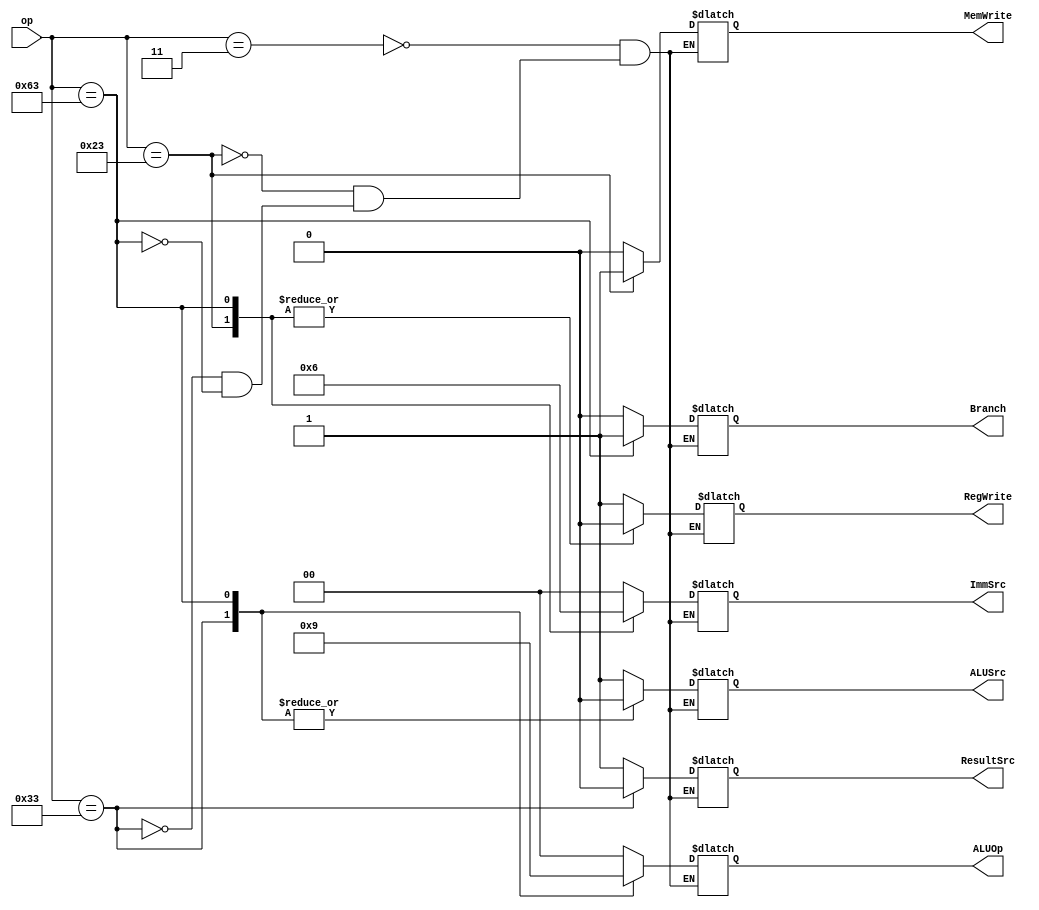
module MainDecoder(
    input [6:0] op,//opcode
    output reg RegWrite, ALUSrc, MemWrite, ResultSrc, Branch,
    output reg [1:0] ImmSrc, ALUOp
);

always @*
    case(op) 
        7'd3: //lw case
            begin
            RegWrite = 1; ImmSrc = 2'b00; ALUSrc = 1; MemWrite = 0; ResultSrc = 1; Branch = 0; ALUOp = 2'b00; 
            end
        7'd35: //sw case
            begin
            RegWrite = 0; ImmSrc = 2'b01; ALUSrc = 1; MemWrite = 1; ResultSrc = 1'bX; Branch = 0; ALUOp = 2'b00; 
            end
        7'd51: //R-type
            begin
            RegWrite = 1; ImmSrc = 2'bXX; ALUSrc = 0; MemWrite = 0; ResultSrc = 0; Branch = 0; ALUOp = 2'b10; 
            end
        7'd99: //beq
            begin
            RegWrite = 0; ImmSrc = 2'b10; ALUSrc = 0; MemWrite = 0; ResultSrc = 1'bX; Branch = 1; ALUOp = 2'b01; 
            end
    endcase

endmodule